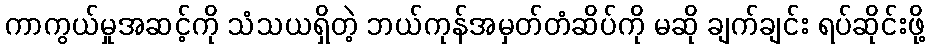
ကာကွယ်မှုအဆင့်ကို သံသယရှိတဲ့ ဘယ်ကုန်အမှတ်တံဆိပ်ကို မဆို ချက်ချင်း ရပ်ဆိုင်းဖို့